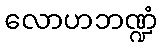
လောဟဘဏ္ဍံ